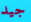
جيد